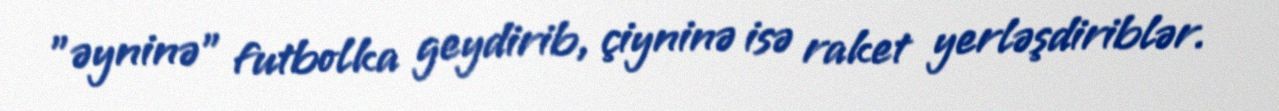
"əyninə" futbolka geydirib, çiyninə isə raket yerləşdiriblər.